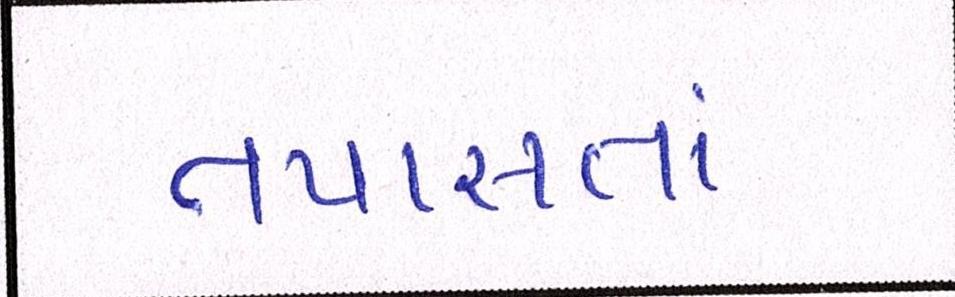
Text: તપાસતાં